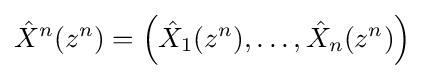
{\hat {X}}^{n}(z^{n})=\left({\hat {X}}_{1}(z^{n}),\ldots ,{\hat {X}}_{n}(z^{n})\right)